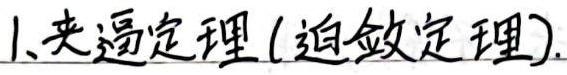
1. 夹逼定理(迫敛定理).